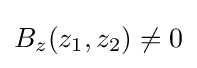
B_{z}(z_{1},z_{2})\neq 0